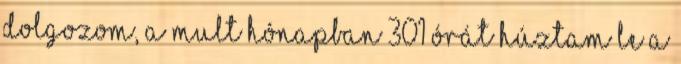
dolgozom, a mult hónapban 301 órát húztam le a